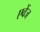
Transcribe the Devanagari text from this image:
एवेंज